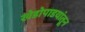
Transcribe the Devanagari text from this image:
खेडोपाडयांतून